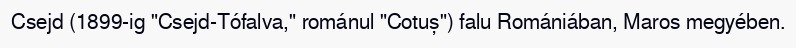
Csejd (1899-ig "Csejd-Tófalva," románul "Cotuș") falu Romániában, Maros megyében.